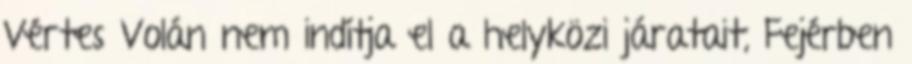
Vértes Volán nem indítja el a helyközi járatait, Fejérben